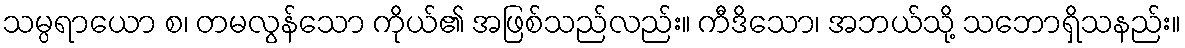
သမ္ပရာယော စ၊ တမလွန်သော ကိုယ်၏ အဖြစ်သည်လည်း။ ကီဒိသော၊ အဘယ်သို့ သဘောရှိသနည်း။